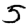
Digit: 5